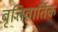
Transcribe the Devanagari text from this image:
वृत्तिवार्तिक